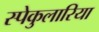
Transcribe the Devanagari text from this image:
स्पेकुलारिया